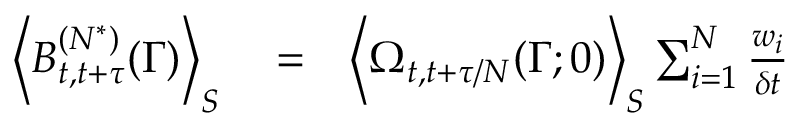
\begin{array} { r l r } { \left< B _ { t , t + \tau } ^ { ( N ^ { * } ) } ( \Gamma ) \right> _ { S } } & { { } = } & { \left< \Omega _ { t , t + \tau / N } ( \Gamma ; 0 ) \right> _ { S } \sum _ { i = 1 } ^ { N } \frac { w _ { i } } { \delta t } } \end{array}